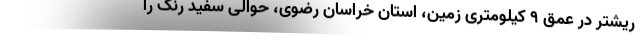
ریشتر در عمق 9 کیلومتری زمین، استان خراسان رضوی، حوالی سفید رنگ را